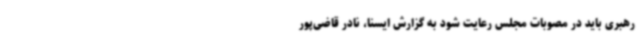
رهبری باید در مصوبات مجلس رعایت شود به گزارش ایسنا، نادر قاضی‌پور